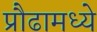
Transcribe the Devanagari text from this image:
प्रौढामध्ये